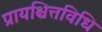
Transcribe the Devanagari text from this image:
प्रायश्चित्तविधि